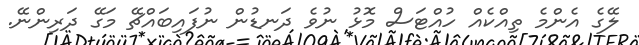
ލޭގެ އެންމެ ތިއްކެއް ހުއްޓަސް މޮޅު ނުވެ ދަނޑުން ނުފައިބައްޗޭ މަގޭ ދަރިންނޭ.